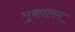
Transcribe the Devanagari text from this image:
मुकालम